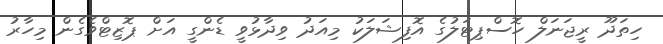
ހިތަދޫ ރީޖަނަލް ހޮސްޕިޓަލުގެ އޮފިޝަލަކު މިއަދު ވިދާޅުވީ ޑެންގީ އަށް ޕޮޒިޓްވެގެން މިހާރު